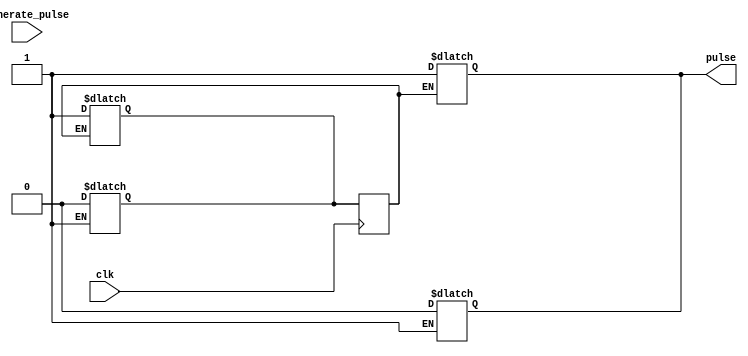
module pulse_generator #(
	parameter PULSE_WIDTH = 4'd1
	)(
	input wire clk,
	input wire generate_pulse,
	output reg pulse
	);

	// state declarations
	localparam 
		off = 1'b0,
		on = 1'b1;

	// signal declarations
	reg state_reg = off;
	reg state_next; 
	reg [3:0] count = 0;

	// ---------- next state logic --------------
	always @(posedge(clk)) begin
		state_reg = state_next;
		count = count + 1;
	end

	always @(generate_pulse) begin
		if(state_reg == off) begin
				count = 0;
				pulse = 1;
				state_next = on;
		end
	end

	always @(count) begin
		if(state_reg == on) begin
				if(count == PULSE_WIDTH) begin
					pulse = 0;
					state_next = off;
				end
		end
	end
	//------------------------------------------

endmodule

// module stimulus();

// 	reg CLK,GENERATE_PULSE;
// 	wire PULSE;

// 	pulse_generator #(.PULSE_WIDTH(3))
// 		p(
// 			.clk(CLK),
// 			.generate_pulse(GENERATE_PULSE),
// 			.pulse(PULSE)
// 		);

// 	initial begin
// 		$dumpfile("simulation.vcd");
// 		$dumpvars(0,CLK,GENERATE_PULSE,PULSE);
// 	end

// 	initial begin
// 		CLK = 1'b0;
// 		GENERATE_PULSE = 1'b0;
// 	end

// 	always
// 		#1 CLK = ~ CLK;


// 	always 
// 		#20 GENERATE_PULSE = ~ GENERATE_PULSE;

// 	initial 
// 		#100 $finish;
// endmodule